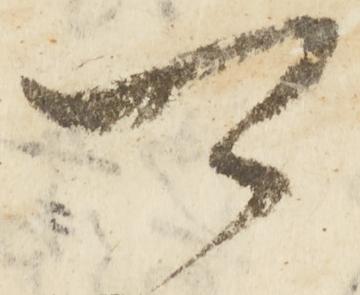
可